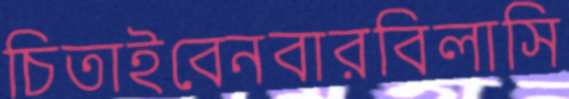
চিতাইবেনবারবিলাসি